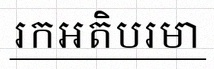
រកអតិបរមា